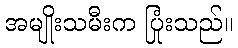
အမျိုးသမီးက ပြုံးသည်။